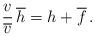
LaTeX: \begin{align*} \frac{v}{\overline{ v}} \, \overline h = h + \overline f \, .\end{align*}